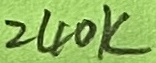
Text: 240K